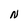
Character: N